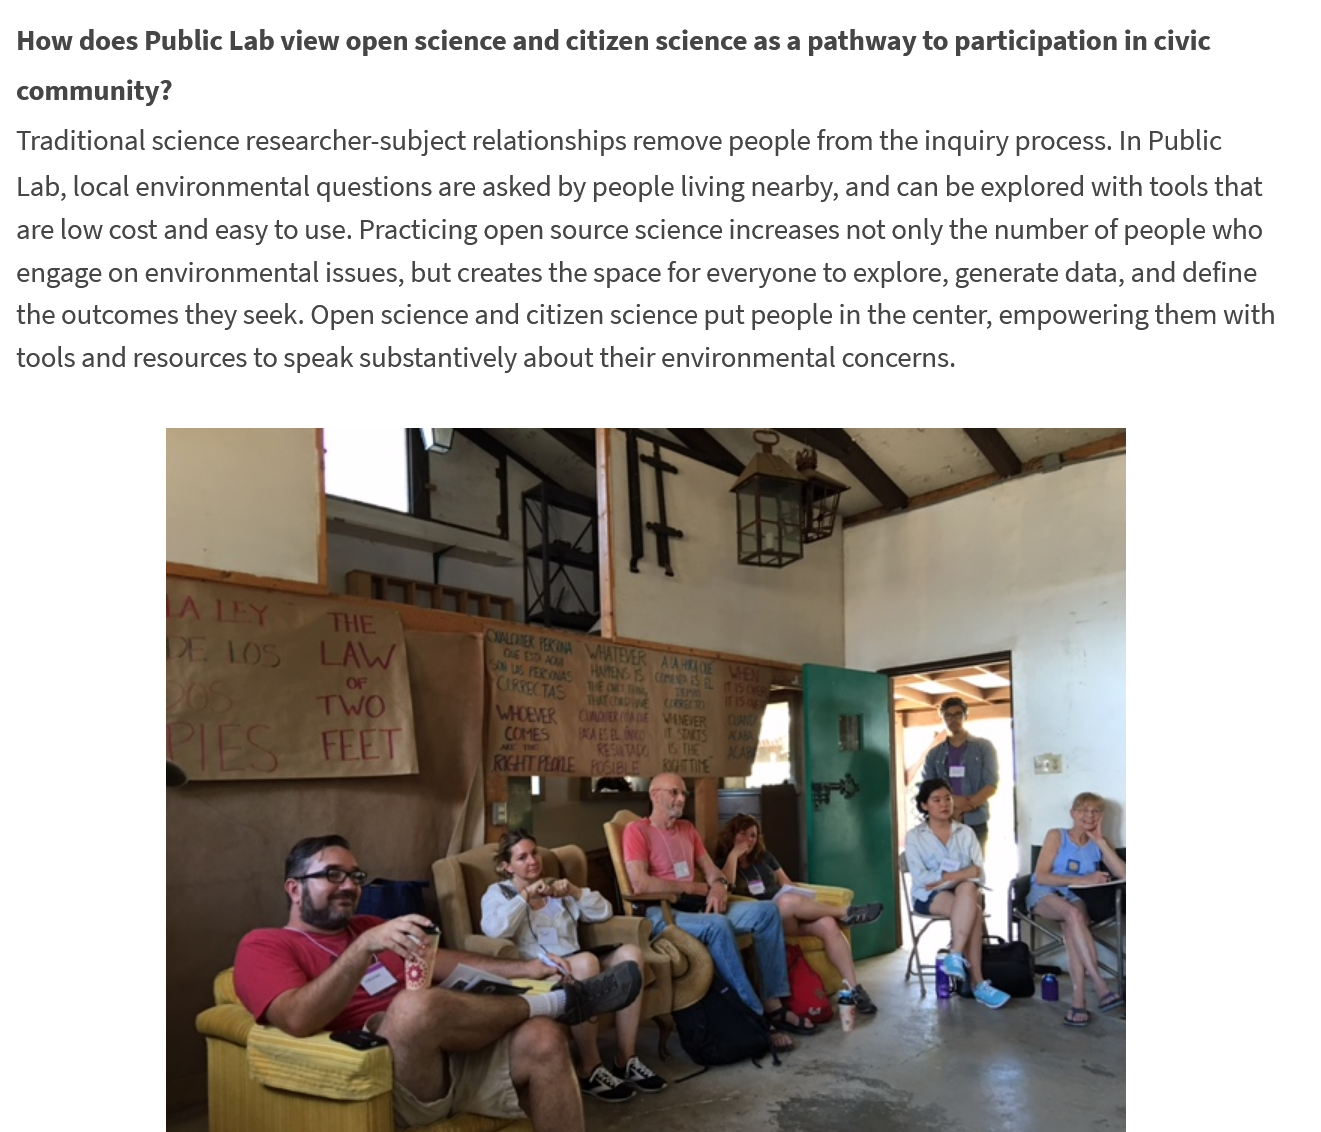
How  does Public Lab view open science and citizen science as a pathway to participation in civic
  community?
  Traditional science researcher-subject relationships remove people from the inquiry process. In Public
  Lab, local environmental questions are asked by people living nearby, and can be explored with tools that
  are low cost and easy to use. Practicing open source science increases not only the number of people who
  engage on environmental issues, but creates the space for everyone to explore, generate data, and define
  the outcomes they seek. Open science and citizen science put people in the center, empowering them with
  tools and resources to speak substantively about their environmental concerns.